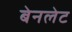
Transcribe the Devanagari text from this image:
बेनलेट